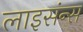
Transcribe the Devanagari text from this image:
लाइसंन्स